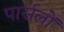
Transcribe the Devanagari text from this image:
पार्सलों